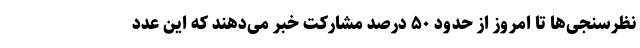
نظرسنجی‌ها تا امروز از حدود ۵۰ درصد مشارکت خبر می‌دهند که این عدد